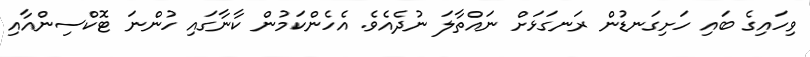
ވިހައިގެ ބައި ހަށިގަނޑުން ރަނގަޅަށް ނައްތާލަ ނުދެއެވެ. އެހެންކަމުން ކާނާގައި ހުންނަ ޓޮކްސިންއާއި